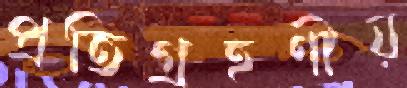
প্রতিগ্রহণীয়